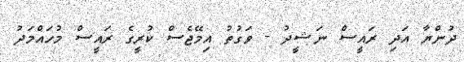
ދުންޔާ އަދި ރައީސް ނަޝީދު - ވަގުތު އިމޭޖެސް ކުރީގެ ރައީސް މުހައްމަދު